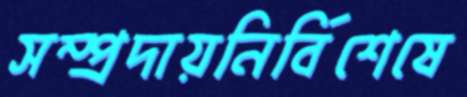
সম্প্রদায়নির্বিশেষে